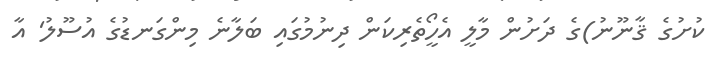
ކުށުގެ ޤާނޫނު)ގެ ދަށުން މާލީ އެހީޯތެރިކަން ދިނުމުގައި ބަލާނެ މިންގަނޑުގެ އުސޫލު' އާ